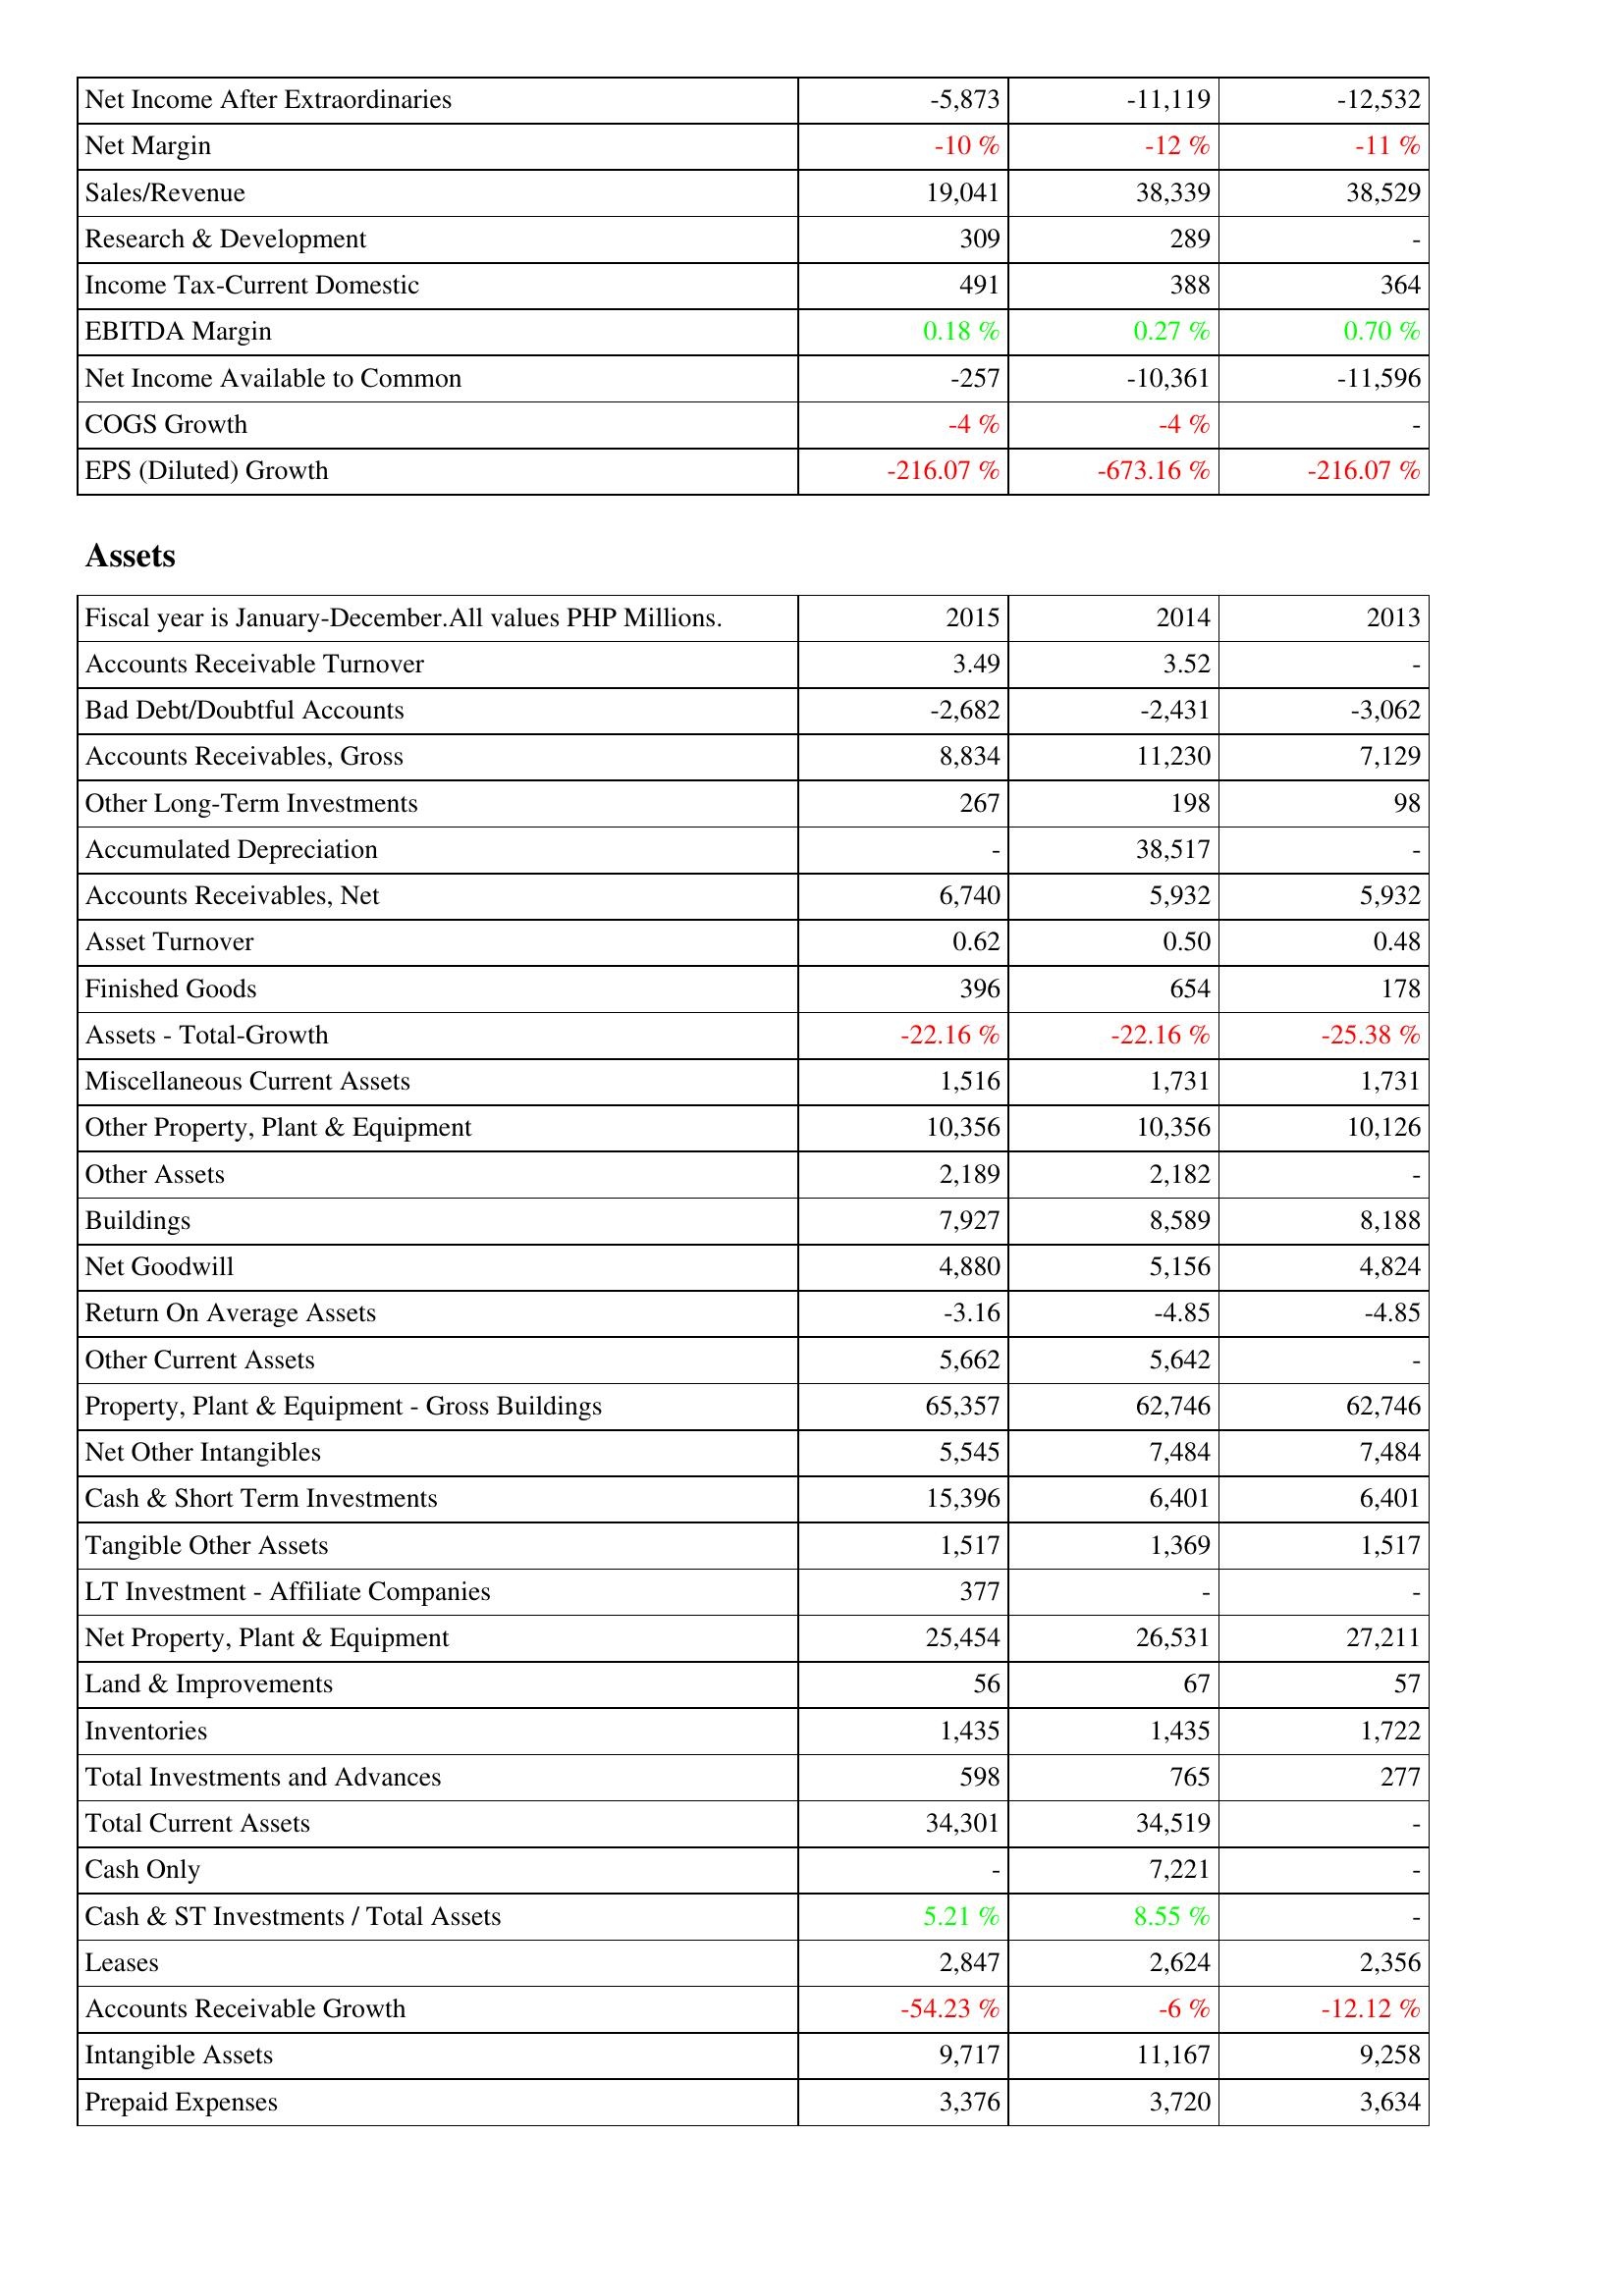
2015: Income Statement: Net Income After Extraordinaries: -5,873
Net Margin: -10 %
Sales/Revenue: 19,041
Research & Development: 309
Income Tax-Current Domestic: 491
EBITDA Margin: 0.18 %
Net Income Available to Common: -257
COGS Growth: -4 %
EPS (Diluted) Growth: -216.07 %
Assets: Accounts Receivable Turnover: 3.49
Bad Debt/Doubtful Accounts: -2,682
Accounts Receivables, Gross: 8,834
Other Long-Term Investments: 267
Accumulated Depreciation: -
Accounts Receivables, Net: 6,740
Asset Turnover: 0.62
Finished Goods: 396
Assets - Total-Growth: -22.16 %
Miscellaneous Current Assets: 1,516
Other Property, Plant & Equipment: 10,356
Other Assets: 2,189
Buildings: 7,927
Net Goodwill: 4,880
Return On Average Assets: -3.16
Other Current Assets: 5,662
Property, Plant & Equipment - Gross Buildings: 65,357
Net Other Intangibles: 5,545
Cash & Short Term Investments: 15,396
Tangible Other Assets: 1,517
LT Investment - Affiliate Companies: 377
Net Property, Plant & Equipment: 25,454
Land & Improvements: 56
Inventories: 1,435
Total Investments and Advances: 598
Total Current Assets: 34,301
Cash Only: -
Cash & ST Investments / Total Assets: 5.21 %
Leases: 2,847
Accounts Receivable Growth: -54.23 %
Intangible Assets: 9,717
Prepaid Expenses: 3,376
2014: Income Statement: Net Income After Extraordinaries: -11,119
Net Margin: -12 %
Sales/Revenue: 38,339
Research & Development: 289
Income Tax-Current Domestic: 388
EBITDA Margin: 0.27 %
Net Income Available to Common: -10,361
COGS Growth: -4 %
EPS (Diluted) Growth: -673.16 %
Assets: Accounts Receivable Turnover: 3.52
Bad Debt/Doubtful Accounts: -2,431
Accounts Receivables, Gross: 11,230
Other Long-Term Investments: 198
Accumulated Depreciation: 38,517
Accounts Receivables, Net: 5,932
Asset Turnover: 0.50
Finished Goods: 654
Assets - Total-Growth: -22.16 %
Miscellaneous Current Assets: 1,731
Other Property, Plant & Equipment: 10,356
Other Assets: 2,182
Buildings: 8,589
Net Goodwill: 5,156
Return On Average Assets: -4.85
Other Current Assets: 5,642
Property, Plant & Equipment - Gross Buildings: 62,746
Net Other Intangibles: 7,484
Cash & Short Term Investments: 6,401
Tangible Other Assets: 1,369
LT Investment - Affiliate Companies: -
Net Property, Plant & Equipment: 26,531
Land & Improvements: 67
Inventories: 1,435
Total Investments and Advances: 765
Total Current Assets: 34,519
Cash Only: 7,221
Cash & ST Investments / Total Assets: 8.55 %
Leases: 2,624
Accounts Receivable Growth: -6 %
Intangible Assets: 11,167
Prepaid Expenses: 3,720
2013: Income Statement: Net Income After Extraordinaries: -12,532
Net Margin: -11 %
Sales/Revenue: 38,529
Research & Development: -
Income Tax-Current Domestic: 364
EBITDA Margin: 0.70 %
Net Income Available to Common: -11,596
COGS Growth: -
EPS (Diluted) Growth: -216.07 %
Assets: Accounts Receivable Turnover: -
Bad Debt/Doubtful Accounts: -3,062
Accounts Receivables, Gross: 7,129
Other Long-Term Investments: 98
Accumulated Depreciation: -
Accounts Receivables, Net: 5,932
Asset Turnover: 0.48
Finished Goods: 178
Assets - Total-Growth: -25.38 %
Miscellaneous Current Assets: 1,731
Other Property, Plant & Equipment: 10,126
Other Assets: -
Buildings: 8,188
Net Goodwill: 4,824
Return On Average Assets: -4.85
Other Current Assets: -
Property, Plant & Equipment - Gross Buildings: 62,746
Net Other Intangibles: 7,484
Cash & Short Term Investments: 6,401
Tangible Other Assets: 1,517
LT Investment - Affiliate Companies: -
Net Property, Plant & Equipment: 27,211
Land & Improvements: 57
Inventories: 1,722
Total Investments and Advances: 277
Total Current Assets: -
Cash Only: -
Cash & ST Investments / Total Assets: -
Leases: 2,356
Accounts Receivable Growth: -12.12 %
Intangible Assets: 9,258
Prepaid Expenses: 3,634